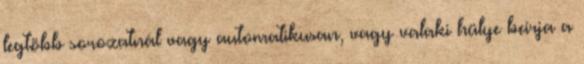
legtöbb sorozatnál vagy automatikusan, vagy valaki hülye beírja a